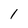
Character: l